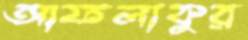
আফলাকুর